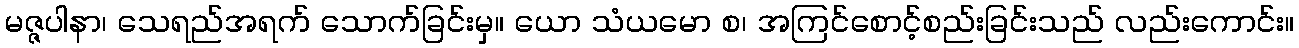
မဇ္ဇပါနာ၊ သေရည်အရက် သောက်ခြင်းမှ။ ယော သံယမော စ၊ အကြင်စောင့်စည်းခြင်းသည် လည်းကောင်း။